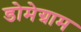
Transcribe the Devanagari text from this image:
डोमेग्राम